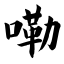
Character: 嘞